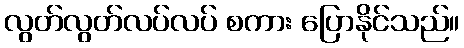
လွတ်လွတ်လပ်လပ် စကား ပြောနိုင်သည်။